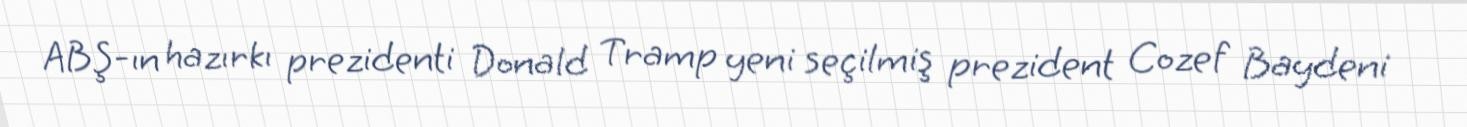
ABŞ-ın hazırkı prezidenti Donald Tramp yeni seçilmiş prezident Cozef Baydeni